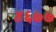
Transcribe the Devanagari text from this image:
४६७७